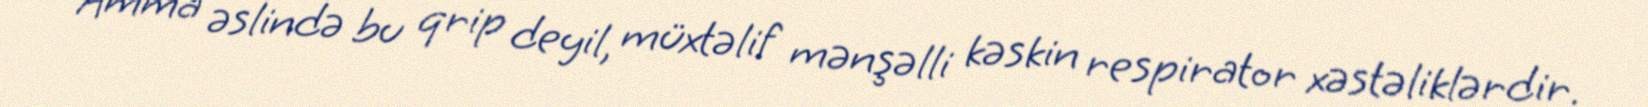
“Amma əslində bu qrip deyil, müxtəlif mənşəlli kəskin respirator xəstəliklərdir.